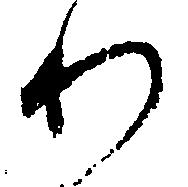
わ